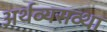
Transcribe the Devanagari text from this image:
अर्थव्यसव्था